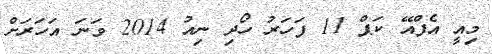
މިއީ އެފްއޭ ކަޕް 11 ފަހަރު ހޯދި ނިއު 2014 ވަނަ އަހަރަށް